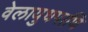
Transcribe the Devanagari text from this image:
वेलायुधपाणि